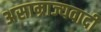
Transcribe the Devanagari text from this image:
असाम्राज्यवादी